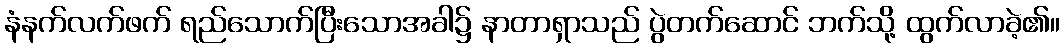
နံနက်လက်ဖက် ရည်သောက်ပြီးသောအခါ၌ နာတာရှာသည် ပွဲတက်ဆောင် ဘက်သို့ ထွက်လာခဲ့၏။